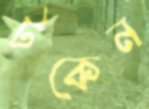
টকেন